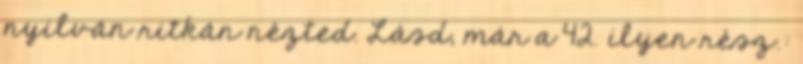
nyilván ritkán nézted. Lásd, már a 42. ilyen rész.: